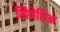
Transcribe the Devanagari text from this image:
स्पिनेशिआ